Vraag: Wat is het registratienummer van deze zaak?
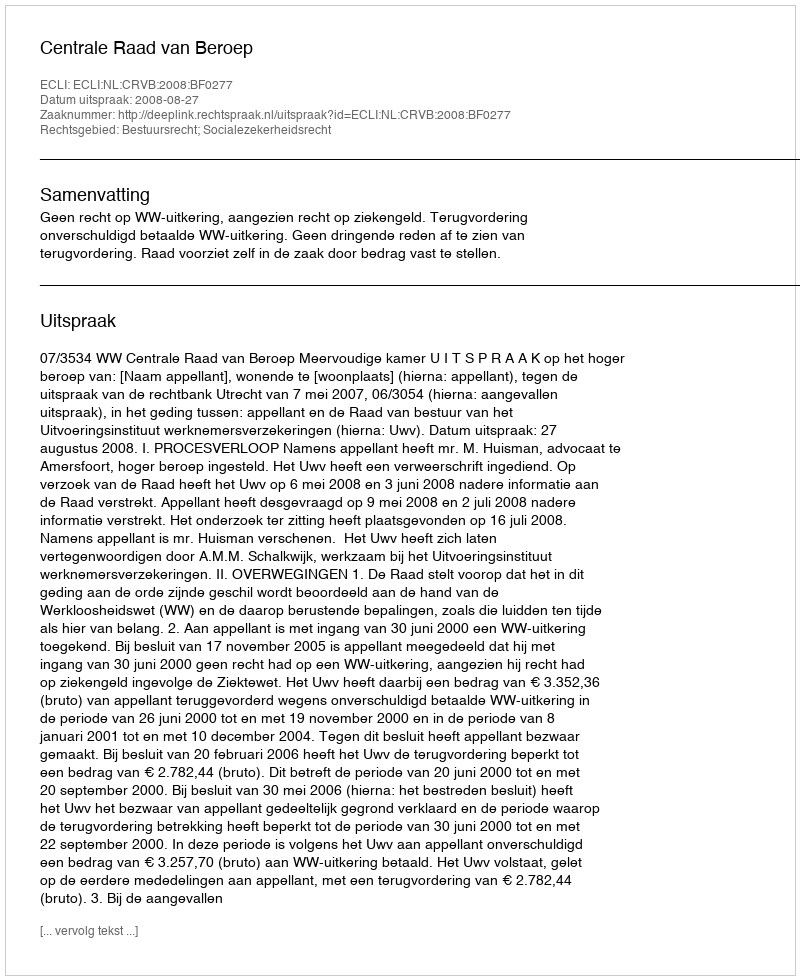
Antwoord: http://deeplink.rechtspraak.nl/uitspraak?id=ECLI:NL:CRVB:2008:BF0277